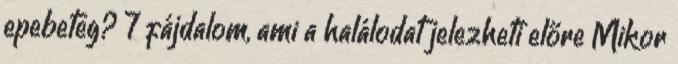
epebeteg? 7 fájdalom, ami a halálodat jelezheti előre Mikor